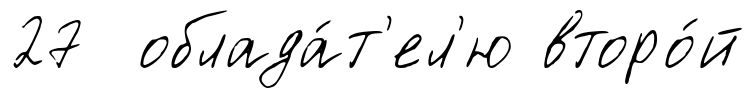
27 облада́т'ел'ю второ́й